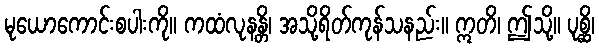
မုယောကောင်းစပါးကို။ ကထံလုနန္တိ၊ အသို့ရိတ်ကုန်သနည်း။ ဣတိ၊ ဤသို့။ ပုစ္ဆိ၊